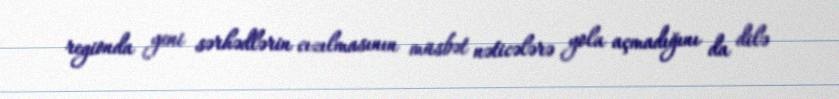
regionda yeni sərhədlərin cızılmasının müsbət nəticələrə yola açmadığını da dilə